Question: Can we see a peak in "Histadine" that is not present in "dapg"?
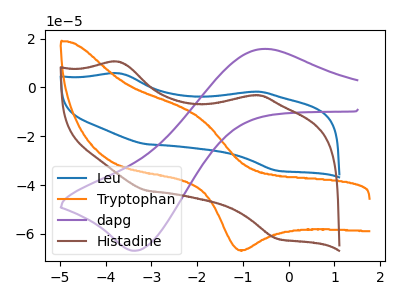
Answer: <think>The blue curve "Leu" has anodic peaks at (-3.70V, 5.75uA) (-0.80V, -1.80uA) and cathodic peaks at (-3.10V, -23.30uA) (-0.25V, -34.05uA). The orange curve "Tryptophan" has an anodic peak at (-2.00V, -12.15uA) and a cathodic peak at (-1.10V, -66.65uA). The purple curve "dapg" has an anodic peak at (-0.55V, 15.80uA) and a cathodic peak at (-3.35V, -66.90uA). The brown curve "Histadine" has anodic peaks at (-3.70V, 10.45uA) (-0.80V, -3.30uA) and cathodic peaks at (-3.10V, -42.30uA) (-0.25V, -61.90uA).
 "Histadine" and "dapg" have a different number of peaks.</think>
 <answer>Yes, "Histadine" and "dapg" are different in shape.</answer>
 <eval>yes_change</eval>